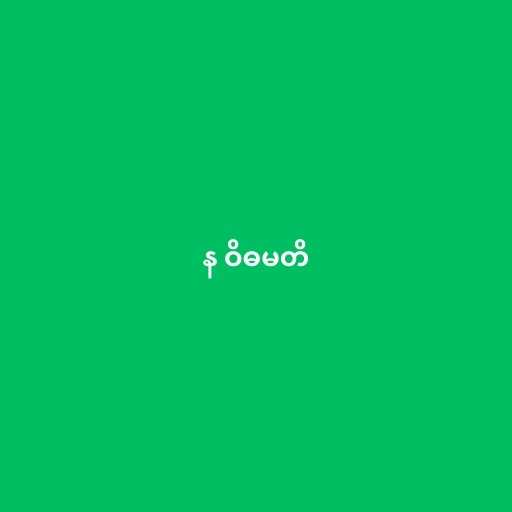
န ဝိဓမတိ